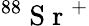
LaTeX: ^{88}\mathrm{~S~r~}^{+}